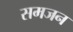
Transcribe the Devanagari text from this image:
समजन